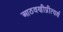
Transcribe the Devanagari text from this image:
आठवणीप्रीत्यर्थ